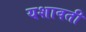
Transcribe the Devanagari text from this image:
यशावती